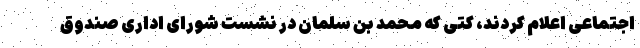
اجتماعی اعلام کردند، کتی که محمد بن سلمان در نشست شورای اداری صندوق